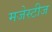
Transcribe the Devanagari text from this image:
मजेस्टीज